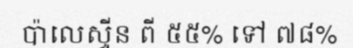
ប៉ាលេស្ទីន ពី ៥៥% ទៅ ៧៨%